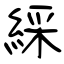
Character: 綵